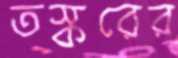
তস্করের